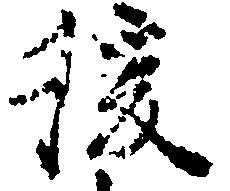
後